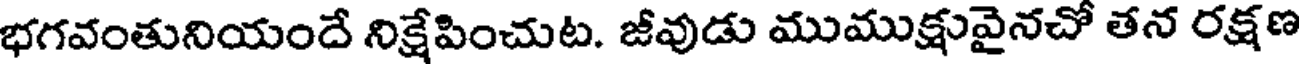
భగవంతునియందే నిక్షేపించుట. జీవుడు ముముక్షువైనచో తన రక్షణ